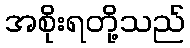
အစိုးရတို့သည်